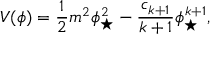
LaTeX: V ( \phi ) = \frac { 1 } { 2 } m ^ { 2 } \phi _ { \star } ^ { 2 } - \frac { c _ { k + 1 } } { k + 1 } \phi _ { \star } ^ { k + 1 } ,